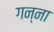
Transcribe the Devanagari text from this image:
गन्‍ना